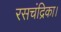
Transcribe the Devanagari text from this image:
रसचंद्रिका।